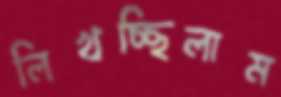
লিখচ্ছিলাম